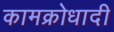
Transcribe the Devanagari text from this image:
कामक्रोधादी